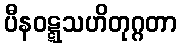
ပီနဝဋ္ဋသဟိတုဂ္ဂတာ